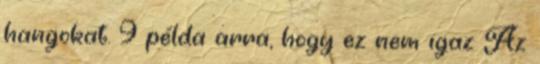
hangokat. 9 példa arra, hogy ez nem igaz Az